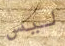
ليس